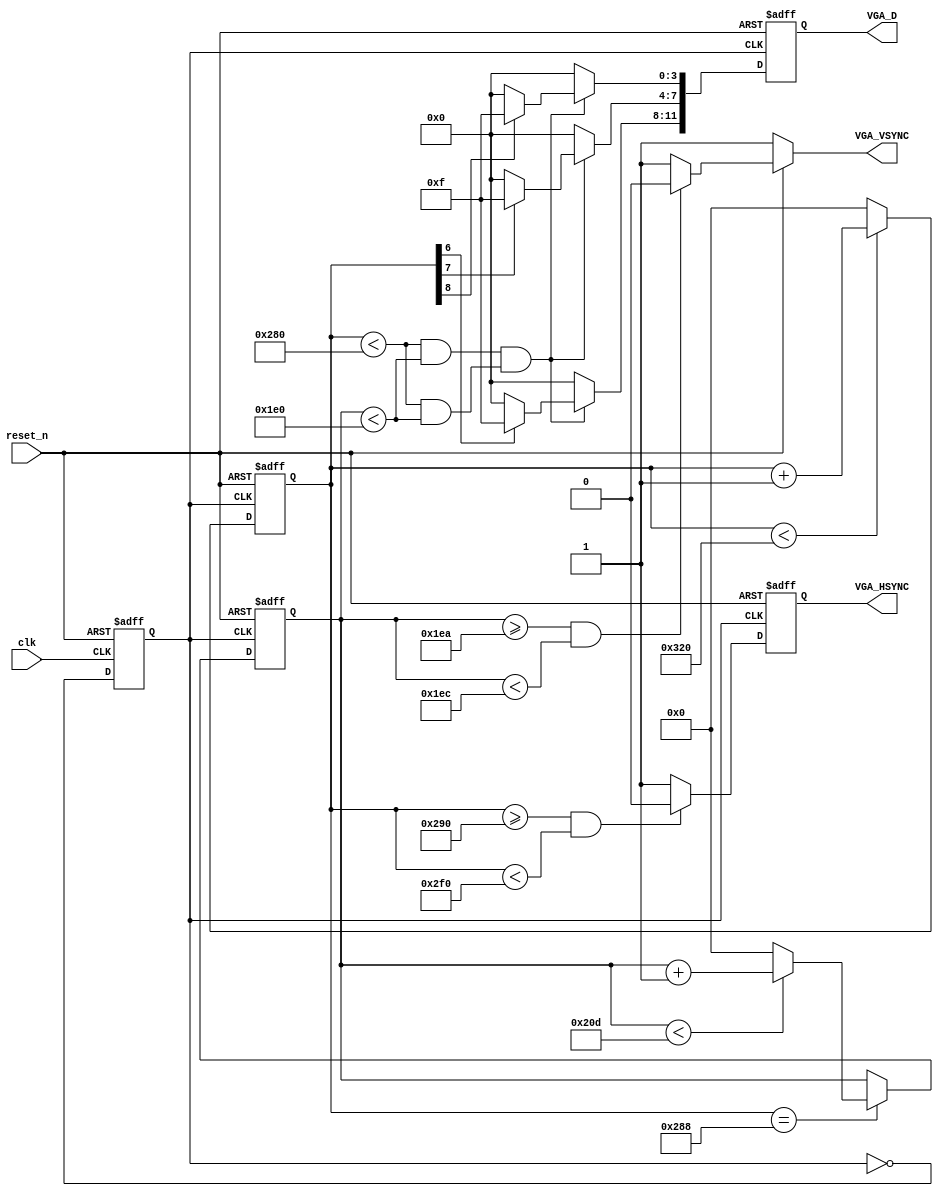
module vga_disp	
(
	input					clk,
	input					reset_n,

	output 				VGA_HSYNC,
	output 				VGA_VSYNC,

	output reg [11:0] VGA_D
);		

reg  [9:0]		hcnt	;
reg  [9:0]		vcnt	;		
reg				hs		;	
reg   			vs		;
reg 				clk25M;

wire [2:0]  	rgb	;
wire [9:0] 		x     ;
wire [9:0] 		y     ;
wire 				dis_en;

assign x = hcnt;
assign y = vcnt;
assign VGA_VSYNC = vs;
assign VGA_HSYNC = hs;
assign dis_en = (x<10'd640 && y<10'd480);
assign rgb = x[8:6];


always @(posedge clk or negedge reset_n)begin
	if (!reset_n)
		clk25M <= 1'b0;
	else
		clk25M <= ~clk25M;
end
			
always @(posedge clk25M or negedge reset_n) begin			//
	if(!reset_n)
		hcnt <= 1'b0;
	else begin
		if (hcnt < 800)
			hcnt <= hcnt + 1'b1;
		else
			hcnt <= 1'b0;
	end
end
			
always @(posedge clk25M or negedge reset_n) begin			//
	if(!reset_n)
		vcnt <= 1'b0;
	else begin
		if (hcnt == 10'd640 + 10'd8) begin
			if (vcnt < 10'd525)
				vcnt <= vcnt +1'b1;
			else
				vcnt <= 1'b0;
		end
	end
end
			
always @(posedge clk25M or negedge reset_n) begin			//
	if(!reset_n)
		hs	<=	1'b1;
	else begin
		if((hcnt >= 640+8+8) & (hcnt < 640+8+8+96))
			hs <= 1'b0;
		else
			hs <= 1'b1;
	end
end
			
always @(vcnt or reset_n) begin							//
	if(!reset_n)
		vs	<=	1'b1;
	else begin
		if((vcnt >= 480+8+2) && (vcnt < 480+8+2+2))
			vs	<=	1'b0;
		else
			vs	<=	1'b1;
	end
end
			
always @(posedge clk25M or negedge reset_n) begin
	if(!reset_n)
		VGA_D <= 1'b0;
	else begin
		if (hcnt < 10'd640 & vcnt < 10'd480 && dis_en)	begin	//
			VGA_D[11:8] <= rgb[0]?4'hf:0;
			VGA_D[ 7:4] <= rgb[1]?4'hf:0;
			VGA_D[ 3:0] <= rgb[2]?4'hf:0;
		end
		else begin
			VGA_D <= 1'b0;
		end
	end
end
		
endmodule